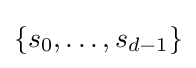
\{s_{0},\dots ,s_{d-1}\}